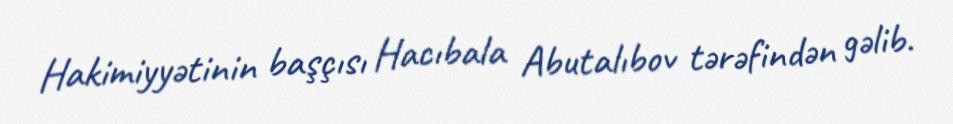
Hakimiyyətinin başçısı Hacıbala Abutalıbov tərəfindən gəlib.